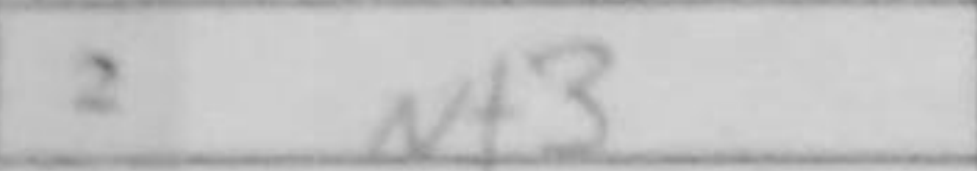
Transcription: Nf3